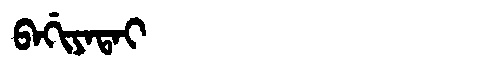
Manchu: ᠪᠠᡤᡳᠶᠠᡨᠠᡳ
Romanization: BAGIYATAI